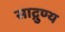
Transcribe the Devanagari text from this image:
साद्गुण्य